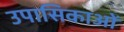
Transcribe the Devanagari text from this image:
उपासिकाओं